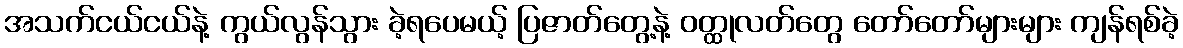
အသက်ငယ်ငယ်နဲ့ ကွယ်လွန်သွား ခဲ့ရပေမယ့် ပြဇာတ်တွေ့နဲ့ ဝတ္ထုလတ်တွေ တော်တော်များများ ကျန်ရစ်ခဲ့